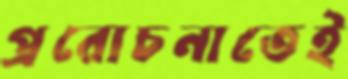
প্ররোচনাতেই